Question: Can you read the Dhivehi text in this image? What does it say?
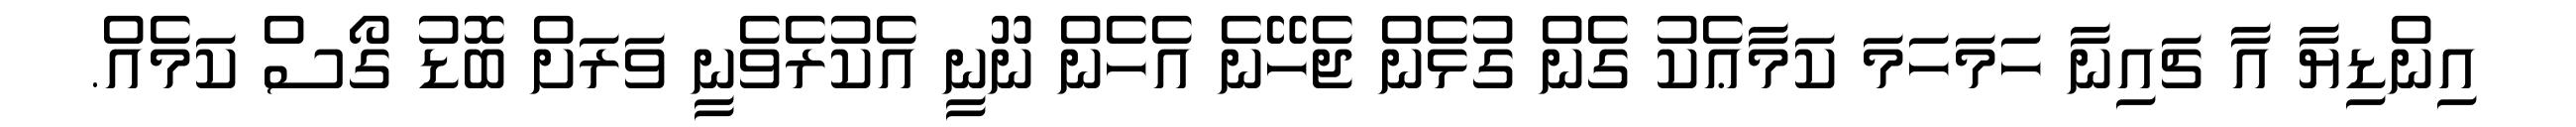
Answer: އިންޑިޔާ އާ ޗައިނާ ހަމަހަމަ ކަމާޢެކު ގެން ގުޅެން ޖެހޭނެ އެހެން ނޫނީ އެކުރެވެނީ ވަރަށް ބޮޑު ގޯސް ކަމެއް.